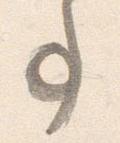
事